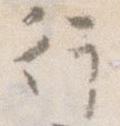
行